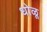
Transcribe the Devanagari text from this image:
धोळू